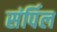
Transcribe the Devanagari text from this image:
संर्पिल